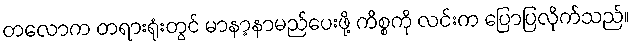
တလောက တရားရုံးတွင် မာနာ့နာမည်ပေးဖို့ ကိစ္စကို လင်းက ပြောပြလိုက်သည်။